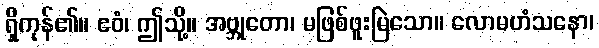
ရှိကုန်၏။ ဧဝံ၊ ဤသို့။ အဗ္ဘုတော၊ မဖြစ်ဖူးမြဲသော။ လောမဟံသနော၊